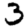
Digit: 3